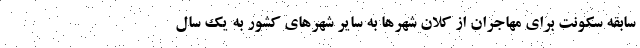
سابقه سکونت برای مهاجران از کلان شهرها به سایر شهرهای کشور به یک سال